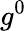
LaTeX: g^{0}